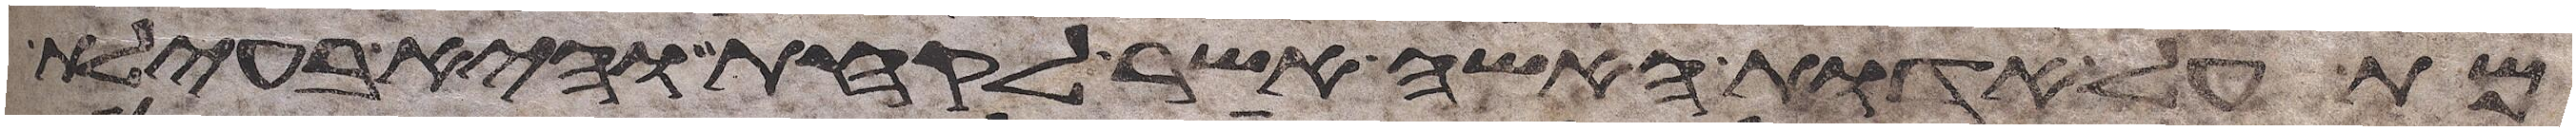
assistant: מת על אדות האשה אשר לקחת והיא בעילת